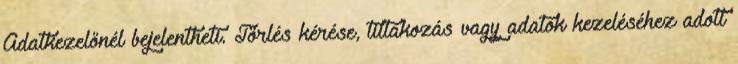
Adatkezelőnél bejelentheti. Törlés kérése, tiltakozás vagy adatok kezeléséhez adott